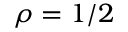
\rho = 1 / 2